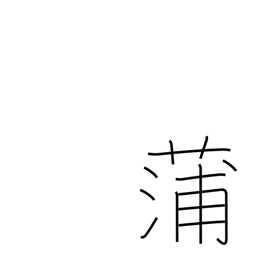
Meaning: flag